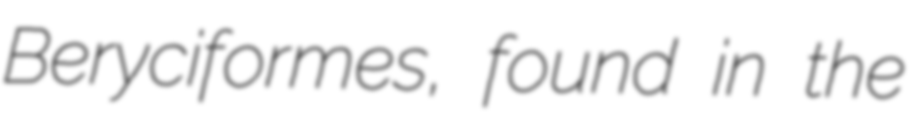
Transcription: Beryciformes, found in the